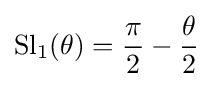
\operatorname {Sl} _{1}(\theta )={\frac {\pi }{2}}-{\frac {\theta }{2}}